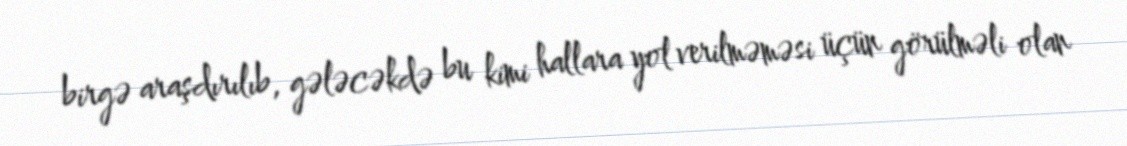
birgə araşdırılıb, gələcəkdə bu kimi hallara yol verilməməsi üçün görülməli olan